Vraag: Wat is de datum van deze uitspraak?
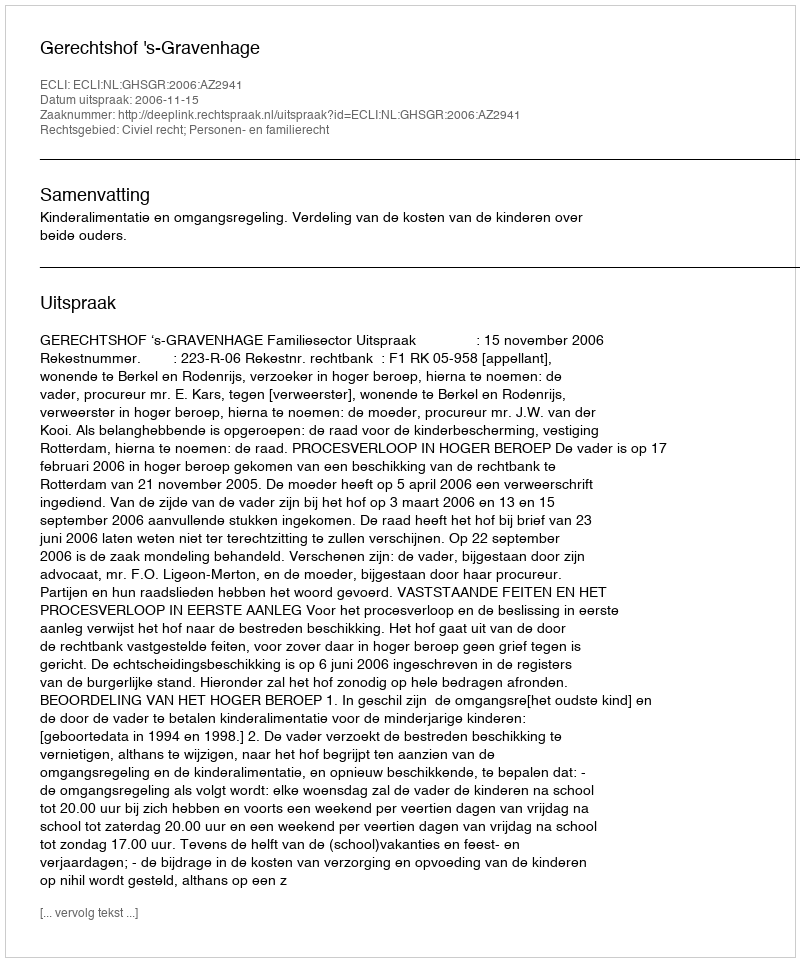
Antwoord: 2006-11-15